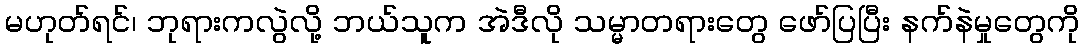
မဟုတ်ရင်၊ ဘုရားကလွဲလို့ ဘယ်သူက အဲဒီလို သမ္မာတရားတွေ ဖော်ပြပြီး နက်နဲမှုတွေကို